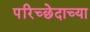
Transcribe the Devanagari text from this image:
परिच्छेदाच्या